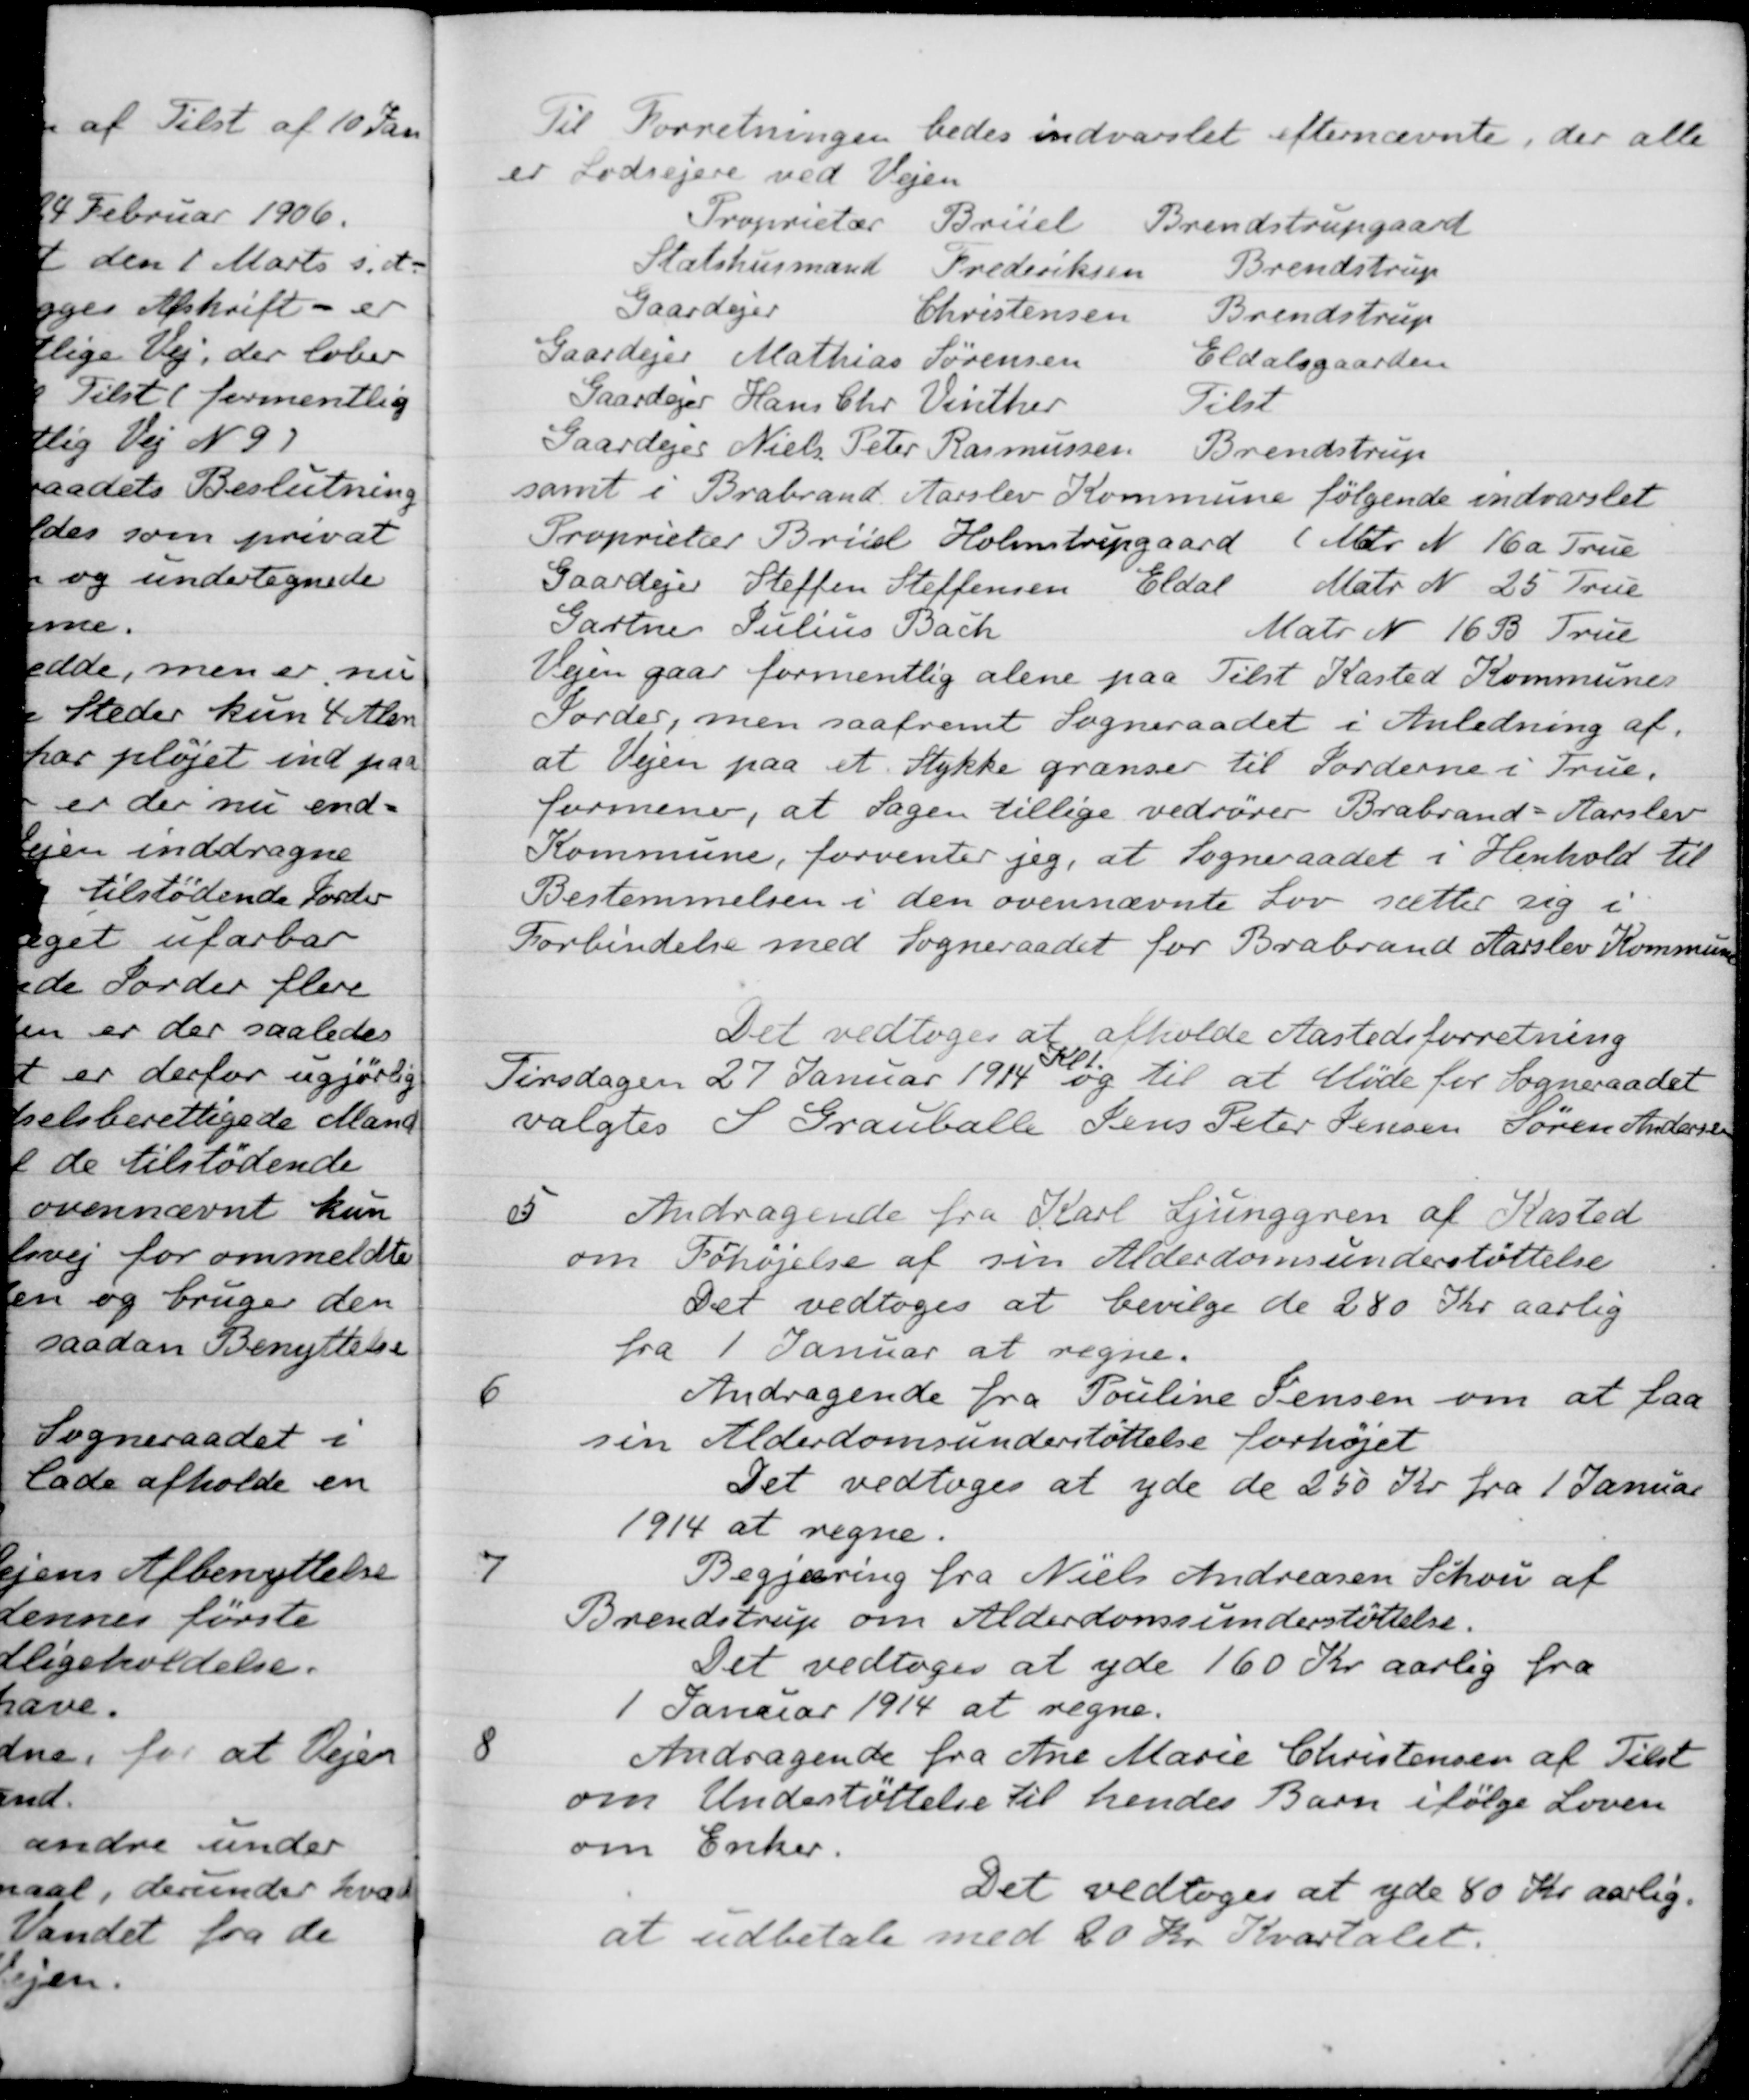
Transskription:
Til Forretningen bedes indvarslet efternævnte, der alle
er Lodsejere ved Vejen
Proprietær
Brüel
Brendstrupgaard
Statshusmand
Frederiksen
Brendstrup
Gaardejer
Christensen
Brendstrup
Gaardejer
Mathias Sørensen
Eldalsgaarden
Gaardejer
Hans Chr. Vinther
Tilst
Gaardejer
Niels Peter Rasmussen
Brendstrup
samt i Brabrand Aarslev Kommune følgende indvarslet
Proprietær Brüel Holmstrupgaard (Mtr. № 16a True
Gaardejer Steffen Steffensen
Eldal
Matr. N. 25 True
Gartne Julius Bach
Matr. N. 16 B True
Vejen gaar formentlig alene paa Tilst Kasted Kommunes
Jorder, men saafremt Sogneraadet i Anledning af
at Vejen paa et Stykke grænser til Jorderne i True,
formener, at Sagen tillige vedrører Brabrand-Aarslev
Kommune, forventer jeg, at Sogneraadet i Henhold til
Bestemmelsen i den ovennævnte Lov sætter sig i
Forbindelse med Sogneraadet for Brabrand Aarslev Kommune
Det vedtoges at afholde Aastedsforretning
Tirsdagen 27 Januar 1914
Kl 1
og til at Møde for Sogneraadet
valgtes S. Grauballe Jens Peter Jensen Søren Andersen
5
Andragende fra Karl Ljunggren af Kasted
om Forhøjelse af sin Alderdomsunderstøttelse
Det vedtoges at bevilge de 280 Kr aarlig
fra
1 Januar at regne.
6
Andragende fra Pouline Jensen om at faa
sin Alderdomsunderstøttelse forhøjet
Det vedtoges at yde de 250 Kr fra 1 Januar
1914 at regne.
7
Begjæring fra Niels Andreasen Schou af
Brendstrup om Alderdomsunderstøttelse.
Det vedtoges at yde 160 Kr aarlig fra
1 Januar 1914 at regne.
8
Andragende fra Ane Marie Christensen af Tilst
om Understøttelse til hendes Barn ifølge Loven
om Enker.
Det vedtoges at yde 80 Kr aarlig.
at udbetale med 20 Kr. Kvartalet.